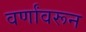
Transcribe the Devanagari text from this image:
वर्णांवरून